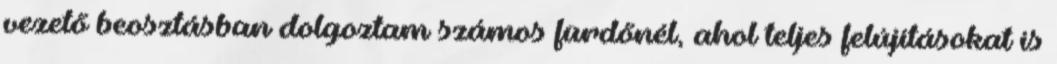
vezető beosztásban dolgoztam számos fürdőnél, ahol teljes felújításokat is